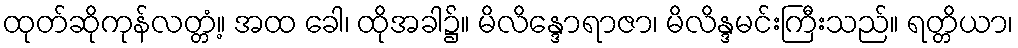
ထုတ်ဆိုကုန်လတ္တံ့။ အထ ခေါ၊ ထိုအခါ၌။ မိလိန္ဒောရာဇာ၊ မိလိန္ဒမင်းကြီးသည်။ ရတ္တိယာ၊